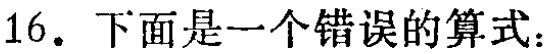
16. 下面是一个错误的算式：